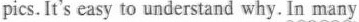
pics. It's easy to understand why. In many